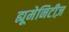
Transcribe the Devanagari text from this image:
ह्यूमेनिटीज़